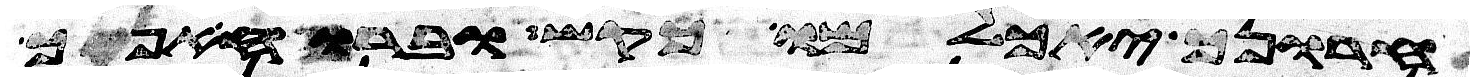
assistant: חרונך יאכלמו כקש וברוח אפך